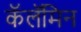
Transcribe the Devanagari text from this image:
कॅलॅमिन